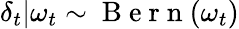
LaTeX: \delta_{t}|\omega_{t}\sim\mathrm{~B~e~r~n~}(\omega_{t})